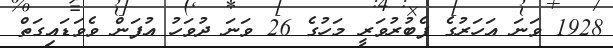
1928 ވަނަ އަހަރުގެ ފެބުރުވަރީ މަހުގެ 26 ވަނަ ދުވަހު އުފަން ވެވަޑައިގަތް